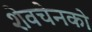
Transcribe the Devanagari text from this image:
शेवचेनको